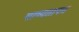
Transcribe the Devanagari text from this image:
वाष्पतापन